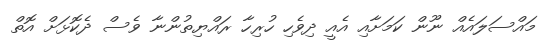
މައްސަލައެއް ނޫން ކަމަށާއި އެއީ ދިވެހި ހުރިހާ ރައްޔިތުންނާ ވެސް ދެކޮޅަށް އޮތް